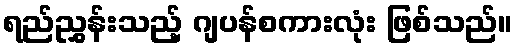
ရည်ညွှန်းသည့် ဂျပန်စကားလုံး ဖြစ်သည်။